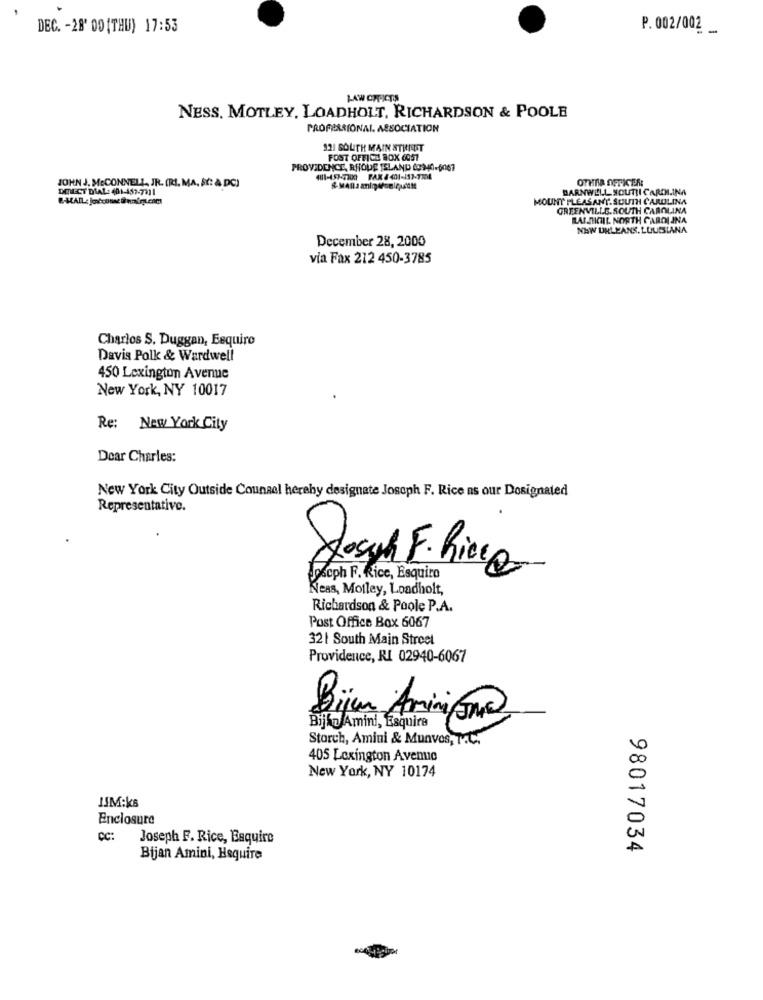
DEC. - 28' 09 (THU) 17:53
P. 002/002
NESS. MOTLEY, LOADHOLT, RICHARDSON & POOLE
PROFESSIONAL. ASSOCIATION
921 SOUTH MAIN STHIST
FOST OFFICE BOX 6057
PROVIDENCE, RHODE ISLAND 63340-6067
41-49-7700 FAX 4401-153-
OTHER OFFICER:
DIRECT DIAL: 401-457-7911
JOHN J. MECONNELL, JR. (RI. MA, AY: A DC)
BARNWELL. SOUTH CAROLINA
MOUNT PLEASANT. SOUTH CAROLINA
GREENVILLE.SOUTH CAROLINA
RAIMICHIL NORTH CAROLINA
NEW ORLEANS, LOUISIANA
December 28, 2000
via Fax 212 450-3785
Charlos S. Duggan, Esquire
Davis Polk & Wardwell
450 Lexington Avenue
New York, NY 10017
Re: New York City
Dear Charles:
New York City Outside Counsel hereby designate Joseph F. Rice ns our Designated
Representative.
Joseph F. Rice, Esquiro
Jacqu E.hiere
Neas, Motley, Loadholt,
Richardson & Poole P.A.
Post Office Box 6067
32| South Main Street
Providence, RI 02940-6067
Bijen Aminima
Bijkw Amini, Esquire
Storch, Amini & Munves, T.C.
405 Lexington Avenue
New York, NY 10174
JIM:ks
Enclosure
CC:
Joseph F. Rice, Esquire
98017034
Bijan Amini, Hequire